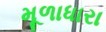
મૂળાધારા